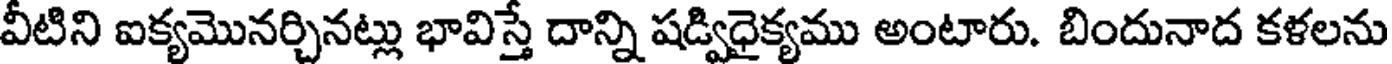
వీటిని ఐక్యమొనర్చినట్లు భావిస్తే దాన్ని షడ్విధైక్యము అంటారు. బిందునాద కళలను